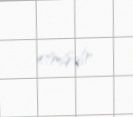
etmişdir.